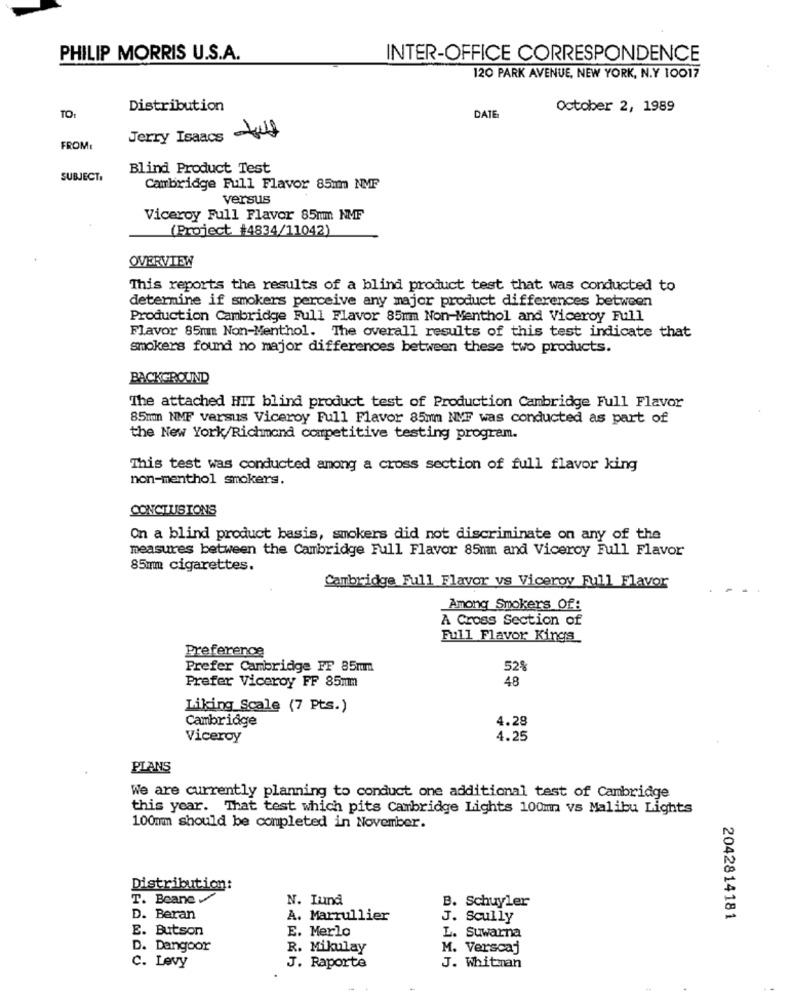
PHILIP MORRIS U.S.A.
INTER-OFFICE CORRESPONDENCE
120 PARK AVENUE, NEW YORK, N.Y 10017
TO:
Distribution
October 2, 1989
DATE
Jerry Isaacs tut
FROM:
Blind Product Test
SUBJECT:
Cambridge Full Flavor 85m NMF
versus
Viceroy Full Flavor 85mm NMF
(Project #4834/11042)
OVERVIEW
This reports the results of a blind product test that was conducted to
determine if smokers perceive any major product differences between
Production Cambridge Full Flavor 85mm Non-Menthol and Viceroy Full
Flavor 85mm Non-Menthol. The overall results of this test indicate that
smokers found no major differences between these two products.
BACKGROUND
The attached HIT blind product test of Production Cambridge Full Flavor
85mm NMF versus Viceroy Full Flavor 85mm NMF was conducted as part of
the New York/Richmond competitive testing program.
This test was conducted among a cross section of full flavor king
non-menthol smokers.
CONCLUSIONS
On a blind product basis, smokers did not discriminate on any of the
measures between the Cambridge Full Flavor 85mm and Viceroy Full Flavor
85mm cigarettes.
Cambridge Full Flavor vs Viceroy Full Flavor
Among Smokers Of:
A Cross Section of
Full Flavor Kings
Preference
Prefer Cambridge FF 85mm
52
48
Prefer Viceroy FF 85mm
Liking Scale (7 Pts.)
Cambridge
4.28
Viceroy
4.25
PLANS
We are currently planning to conduct one additional test of Cambridge
this year. That test which pits Cambridge Lights 100mn vs Malibu Lights
100mm should be completed in November.
Distribution:
T. Beane .
N. Lund
B. Schuyler
D. Beran
A. Marrullier
J. Scully
2042814181
E. Butson
E. Merlo
L. Suwarna
D. Dangoor
R. Mikulay
M. Verscaj
C. Levy
J. Raporte
J. Whitman